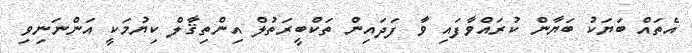
އެތައް ބަޔަކު ބަޔާން ކުރައްވާފައި ވާ ފަދައިން ތަކްބީރަތުލް އިންތިޤާލް ކިޔުމަކީ އަންނަނިވި